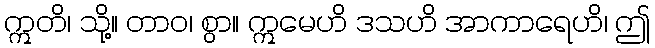
ဣတိ၊ သို့။ တာဝ၊ စွာ။ ဣမေဟိ ဒသဟိ အာကာရေဟိ၊ ဤ